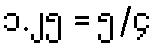
၁.၂၅ = ၅/၄